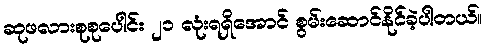
ဆုဖလားစုစုပေါင်း ၂၁ လုံးရရှိအောင် စွမ်းဆောင်နိုင်ခဲ့ပါတယ်။